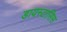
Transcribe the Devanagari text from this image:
डायस्टासिस